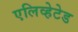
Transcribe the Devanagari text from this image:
एलिव्हेटेड